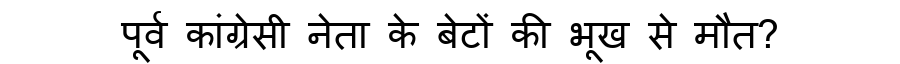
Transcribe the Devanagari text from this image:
पूर्व कांग्रेसी नेता के बेटों की भूख से मौत?